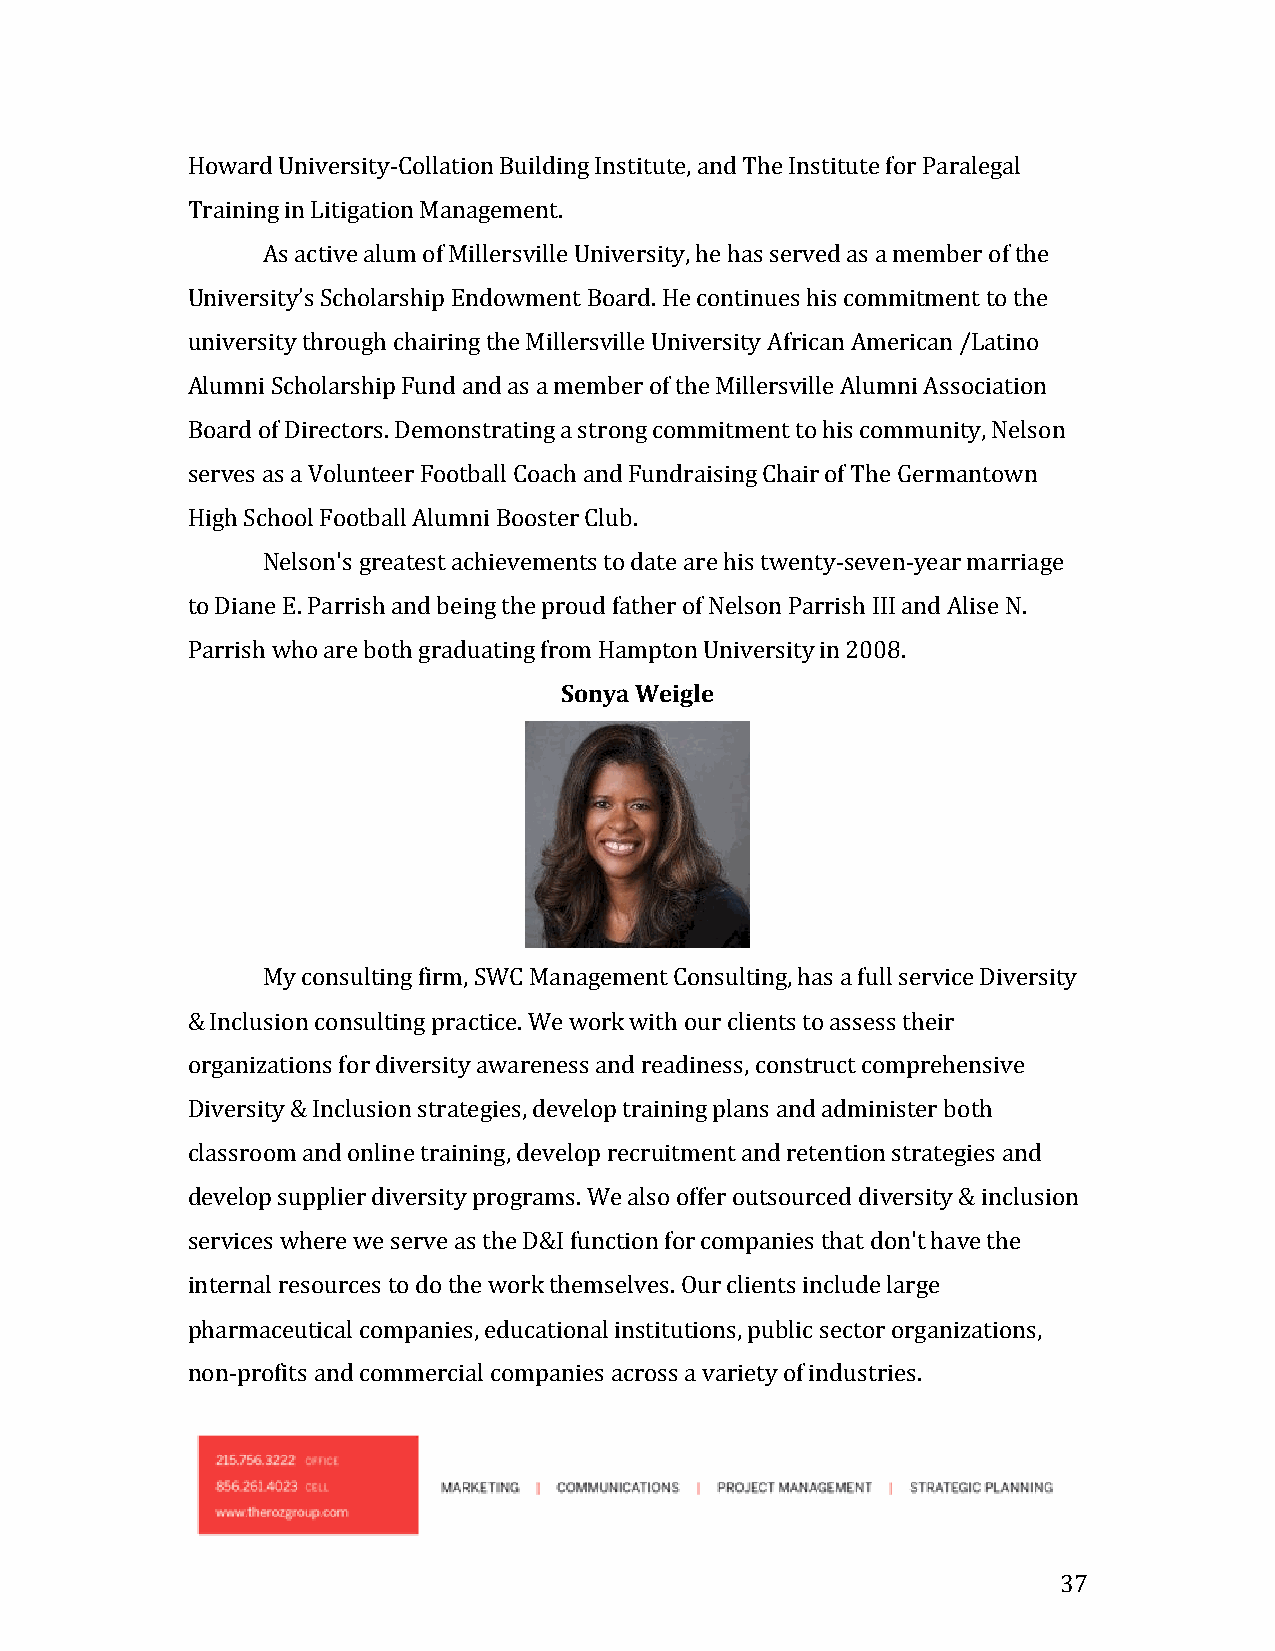
Howard University-Collation Building Institute, and The Institute for Paralegal
 Training in Litigation Management.
 As active alum of Millersville University, he has served as a member of the
 University’s Scholarship Endowment Board. He continues his commitment to the
 university through chairing the Millersville University African American /Latino
 Alumni Scholarship Fund and as a member of the Millersville Alumni Association
 Board of Directors. Demonstrating a strong commitment to his community, Nelson
 serves as a Volunteer Football Coach and Fundraising Chair of The Germantown
 High School Football Alumni Booster Club.
 Nelson's greatest achievements to date are his twenty-seven-year marriage
 to Diane E. Parrish and being the proud father of Nelson Parrish III and Alise N.
 Parrish who are both graduating from Hampton University in 2008.
 Sonya Weigle
 My consulting firm, SWC Management Consulting, has a full service Diversity
 & Inclusion consulting practice. We work with our clients to assess their
 organizations for diversity awareness and readiness, construct comprehensive
 Diversity & Inclusion strategies, develop training plans and administer both
 classroom and online training, develop recruitment and retention strategies and
 develop supplier diversity programs. We also offer outsourced diversity & inclusion
 services where we serve as the D&I function for companies that don't have the
 internal resources to do the work themselves. Our clients include large
 pharmaceutical companies, educational institutions, public sector organizations,
 non-profits and commercial companies across a variety of industries.
 37